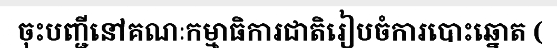
ចុះបញ្ជីនៅគណៈកម្មាធិការជាតិរៀបចំការបោះឆ្នោត (